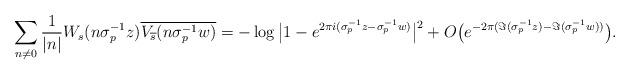
LaTeX: \begin{align*}\sum_{n\neq0}\frac{1}{|n|}W_{s}(n\sigma_{p}^{-1}z)\overline{V_{\overline{s}}(n\sigma_{p}^{-1}w)}= -\log\big{|}1-e^{2\pi i(\sigma_{p}^{-1}z-\sigma_{p}^{-1}w)}\big{|}^{2} + O\big(e^{-2\pi(\Im(\sigma_{p}^{-1}z)-\Im(\sigma_{p}^{-1}w))}\big).\end{align*}